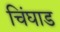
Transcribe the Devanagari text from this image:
चिंघाड